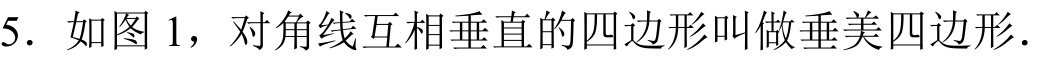
5. 如图1，对角线互相垂直的四边形叫做垂美四边形.